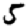
Digit: 5